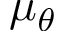
\mu _ { \theta }